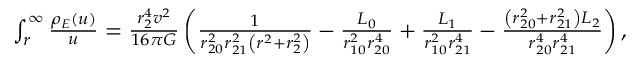
\begin{array} { r } { \int _ { r } ^ { \infty } \d u \frac { \rho _ { E } ( u ) } { u } = \frac { r _ { 2 } ^ { 4 } v ^ { 2 } } { 1 6 \pi G } \left( \frac { 1 } { r _ { 2 0 } ^ { 2 } r _ { 2 1 } ^ { 2 } \left( r ^ { 2 } + r _ { 2 } ^ { 2 } \right) } - \frac { L _ { 0 } } { r _ { 1 0 } ^ { 2 } r _ { 2 0 } ^ { 4 } } + \frac { L _ { 1 } } { r _ { 1 0 } ^ { 2 } r _ { 2 1 } ^ { 4 } } - \frac { \left( r _ { 2 0 } ^ { 2 } + r _ { 2 1 } ^ { 2 } \right) L _ { 2 } } { r _ { 2 0 } ^ { 4 } r _ { 2 1 } ^ { 4 } } \right) , } \end{array}